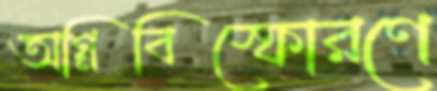
অগ্নিবিস্ফোরণে